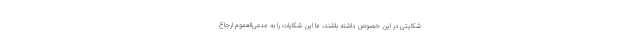
شکایتی در این خصوص داشته باشند، ما این شکایات را به مدعی‌العموم ارجاع